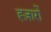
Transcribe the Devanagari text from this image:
ह्ज़ारों